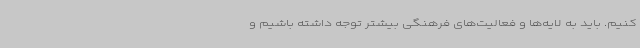
کنیم. باید به لایه‌ها و فعالیت‌های فرهنگی بیشتر توجه داشته باشیم و